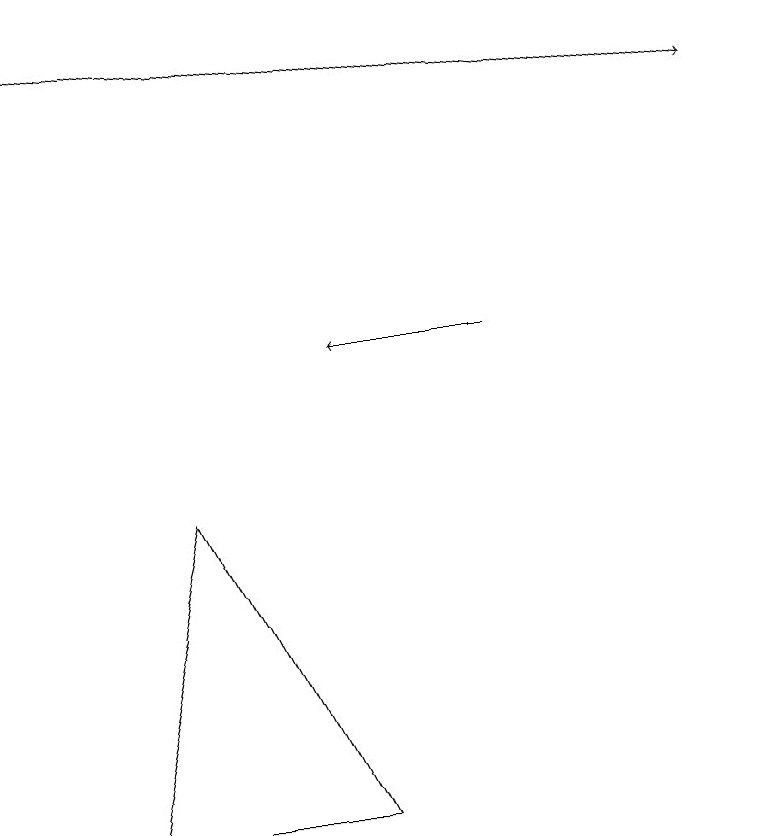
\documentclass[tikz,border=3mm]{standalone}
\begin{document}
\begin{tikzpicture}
\draw (1,4) -- (2,8) -- (4,4) -- cycle;
\draw[->] (6,10) -- (4,10);
\draw[->] (0,14) -- (9,13);
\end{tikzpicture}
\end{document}